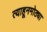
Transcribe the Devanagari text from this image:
त्याहूनमोठ्या